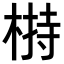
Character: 𣖖